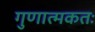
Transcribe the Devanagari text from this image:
गुणात्मकतः